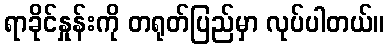
ရာခိုင်နှုန်းကို တရုတ်ပြည်မှာ လုပ်ပါတယ်။